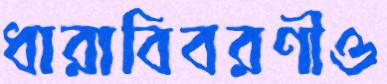
ধারাবিবরণীও